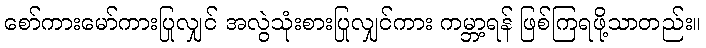
စော်ကားမော်ကားပြုလျှင် အလွဲသုံးစားပြုလျှင်ကား ကမ္ဘာ့ရန် ဖြစ်ကြရဖို့သာတည်း။